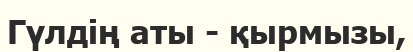
Гүлдің аты - қырмызы,